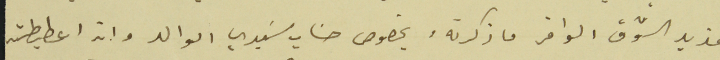
مزيد الشوق الوافر ما ذكرته وبخصوص حسَاب سَيدي الوالد وانه اعطيطته